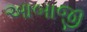
આબાજી